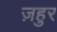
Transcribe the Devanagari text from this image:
ज़हुर